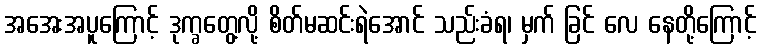
အအေးအပူကြောင့် ဒုက္ခတွေ့လို့ စိတ်မဆင်းရဲအောင် သည်းခံရ၊ မှက် ခြင် လေ နေတို့ကြောင့်